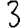
Digit: 3